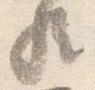
歟